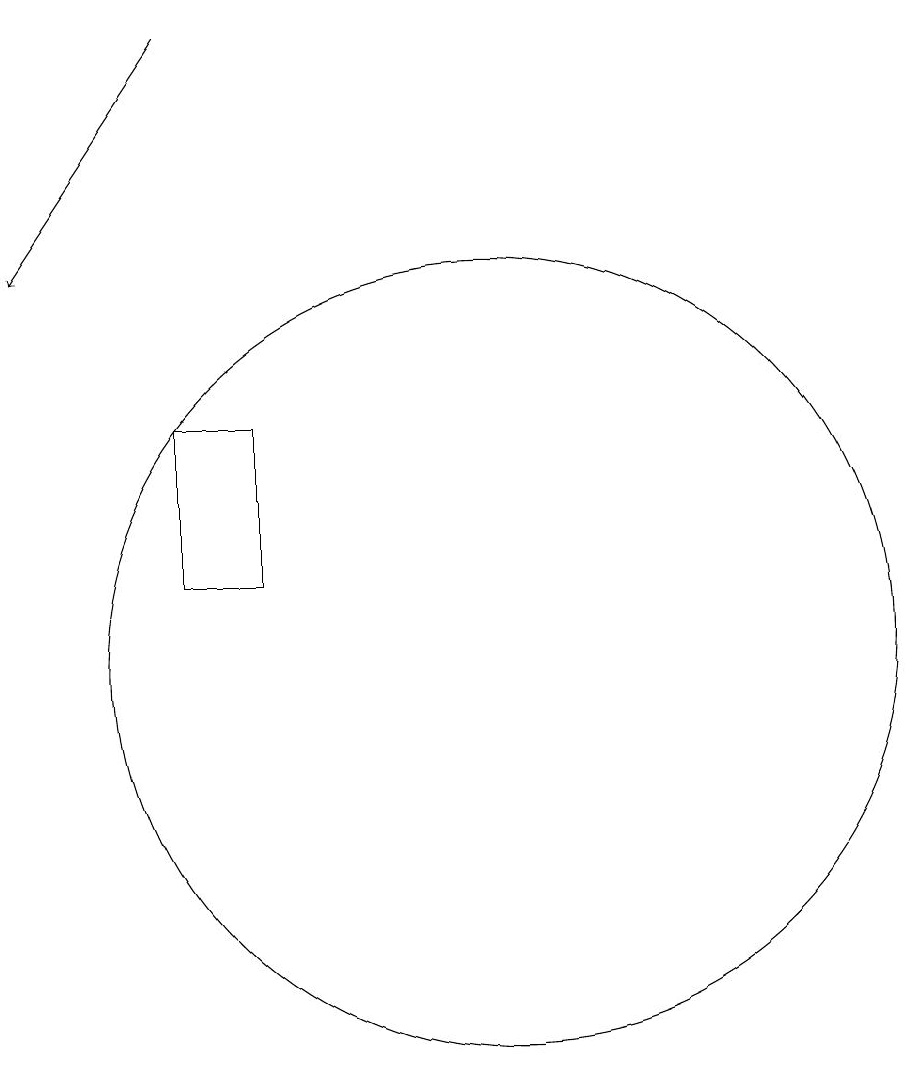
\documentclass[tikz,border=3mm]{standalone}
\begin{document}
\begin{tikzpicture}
\draw[->] (7,18) -- (5,15);
\draw (7,13) rectangle (8,11);
\draw (11,10) circle (5);
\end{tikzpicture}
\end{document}